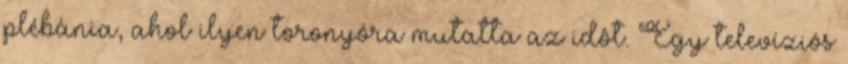
plébánia, ahol ilyen toronyóra mutatta az idôt. Egy televíziós